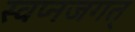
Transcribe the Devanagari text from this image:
स्वप्नजगत्‌